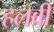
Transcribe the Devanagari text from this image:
हलवी